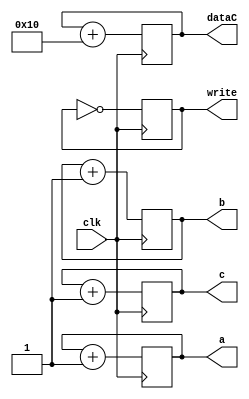
module tb(input clk,
	output reg write,
	output reg [4:0] a,b,c,	
	output reg [63:0] dataC
);
	initial begin
		write = 0;
		a = 5'd0;
		b = 5'd1;
		c = 5'd2;
		dataC = 64'd12;
	end
	always @(posedge clk)
	begin
		write = ~write;
		a = a + 5'b0001;
		b = b + 5'b0001;
		c = c + 5'b0001;
		dataC = dataC + 64'd16;
	end
endmodule